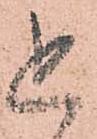
追